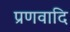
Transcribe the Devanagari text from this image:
प्रणवादि